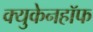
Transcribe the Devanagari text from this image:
क्युकेनहॉफ